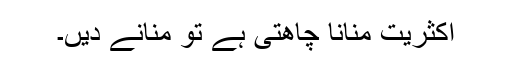
اکثریت منانا چاھتی ہے تو منانے دیں۔